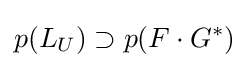
p(L_{U})\supset p(F\cdot G^{*})